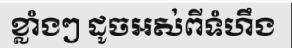
ខ្លាំងៗ ដូចអស់ពីទំហឹង